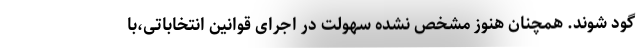
گود شوند. همچنان هنوز مشخص نشده سهولت در اجرای قوانین انتخاباتی،با